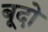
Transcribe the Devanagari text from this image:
बूदो